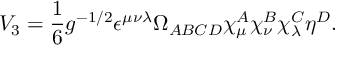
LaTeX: V _ { 3 } = \frac { 1 } { 6 } g ^ { - 1 / 2 } \epsilon ^ { \mu \nu \lambda } \Omega _ { A B C D } \chi _ { \mu } ^ { A } \chi _ { \nu } ^ { B } \chi _ { \lambda } ^ { C } \eta ^ { D } . \nonumber